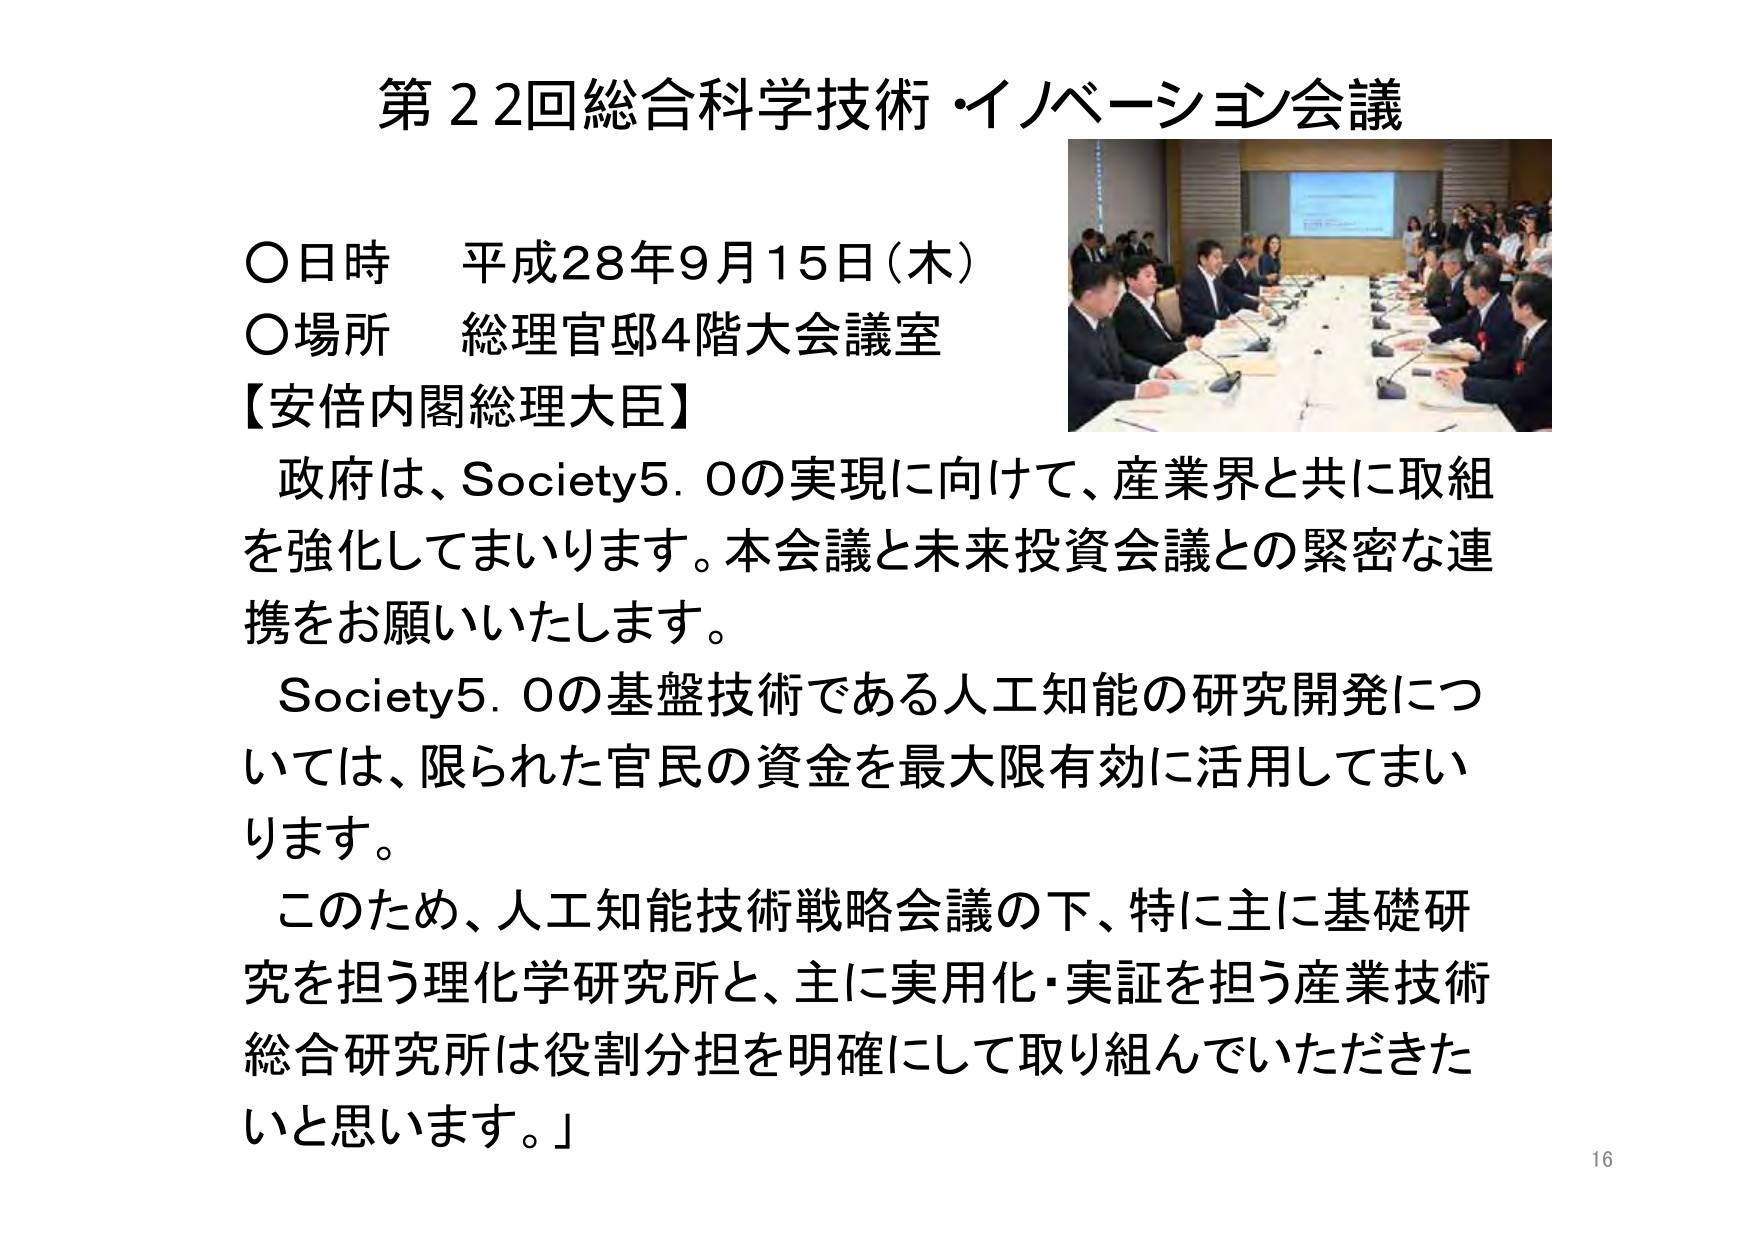
第22回総合科学技術・イノベーション会議

〇日時　平成28年9月15日（木）
〇場所　総理官邸4階大会議室

【安倍内閣総理大臣】
政府は、Society5.0の実現に向けて、産業界と共に取組を強化してまいります。本会議と未来投資会議との緊密な連携をお願いいたします。
Society5.0の基盤技術である人工知能の研究開発については、限られた官民の資金を最大限有効に活用してまいります。
このため、人工知能技術戦略会議の下、特に主に基礎研究を担う理化学研究所と、主に実用化・実証を担う産業技術総合研究所は役割分担を明確にして取り組んでいただきたいと思います。」

16